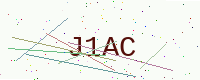
Text: J1AC